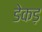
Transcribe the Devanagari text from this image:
डेकड़